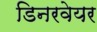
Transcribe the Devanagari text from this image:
डिनरवेयर